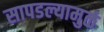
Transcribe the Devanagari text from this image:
सापडल्यामुळं